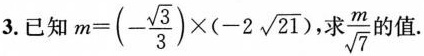
3.已知$$m=(- \frac{\sqrt{3}}{3})\times (-2 \sqrt{21} )$$，求\frac{m}{\sqrt{7}}的值.